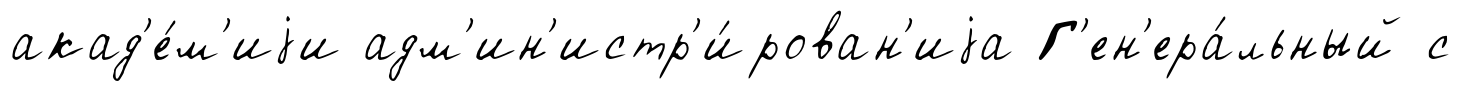
акад'е́м'иjи адм'ин'истр'и́рован'иjа Г'ен'ера́льный с